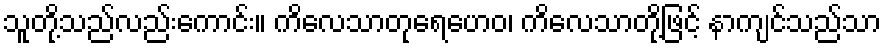
သူတို့သည်လည်းကောင်း။ ကိလေသာတုရေဟေဝ၊ ကိလေသာတို့ဖြင့် နာကျင်သည်သာ